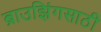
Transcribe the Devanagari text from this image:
ब्राउझिंगसाठी